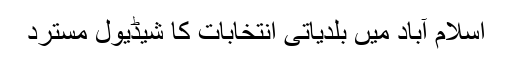
اسلام آباد میں بلدیاتی انتخابات کا شیڈیول مسترد